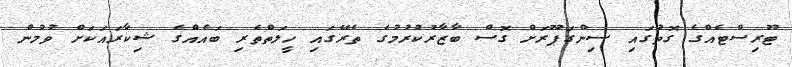
ޓޫރިސްޓެއްގެ ގޮތުގައި ސިންގަޕޫރަށް ގޮސް ބާޒާރުކުުރުމުގެ ތެރޭގައި ހީލަތްތެރި ބައެއްގެ ޝިކާރައަކަށް ވުމުން